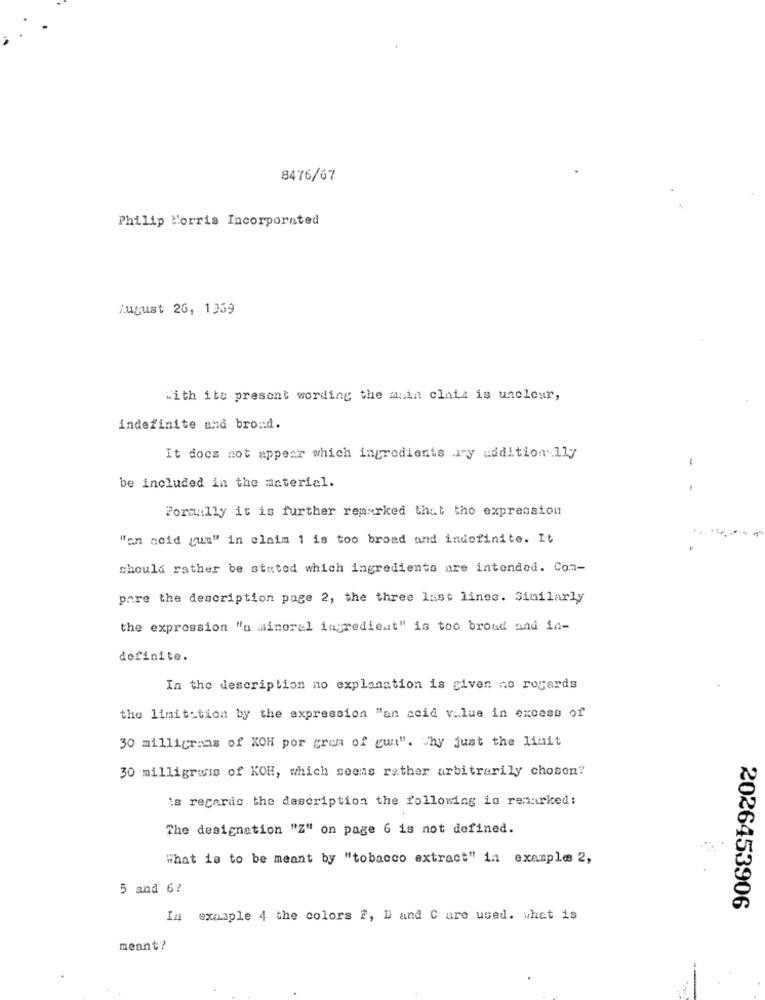
8476/67
Philip Morris Incorporated
August 26, 1969
with its present wording the main claia is unclear,
indefinite and broad.
It does not appear which ingredients Iry additionally
be included in the material.
Formally it is further remarked that the expression
"an neid gun" in claim 1 is too broad and indefinite. It
should rather be stated which ingredients are intended. Con-
pare the description page 2, the three last lines. Similarly
the expression "a mineral ingredient" is too broad and in-
definite.
In the description no explanation is given no regards
the limit:tion by the expression "an acid v.lue in excess of
30 milligrams of KOH por gram of gun". Thy just the limit
30 milligrams of KOH, which seems rather arbitrarily chosen?
is regards the description the following is remarked:
The designation "Z" on page 6 is not defined.
what is to be meant by "tobacco extract" in example 2,
5 and 6?
2026453906
In example 4 the colors F, D and C are used. what is
meant?